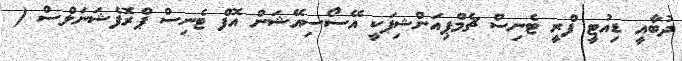
ދުބާއީ ޑިއުޓީ ފްރީ ޓެނިސް ޗެމްޕިއަންޝިޕަކީ އޭސޯސިއޭޝަން އޮފް ޓެނިސް ޕްރޮފެޝަނަލްސް (